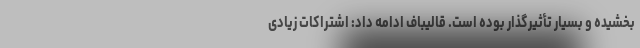
بخشیده و بسیار تأثیرگذار بوده است. قالیباف ادامه داد: اشتراکات زیادی